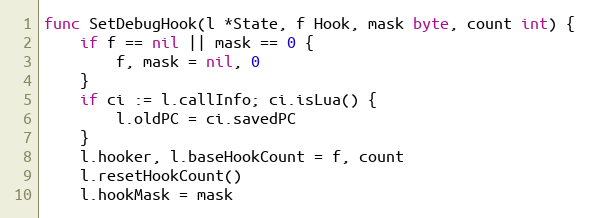
Language: Go
func SetDebugHook(l *State, f Hook, mask byte, count int) {
	if f == nil || mask == 0 {
		f, mask = nil, 0
	}
	if ci := l.callInfo; ci.isLua() {
		l.oldPC = ci.savedPC
	}
	l.hooker, l.baseHookCount = f, count
	l.resetHookCount()
	l.hookMask = mask